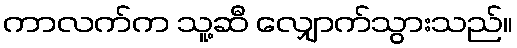
ကာလက်က သူ့ဆီ လျှောက်သွားသည်။